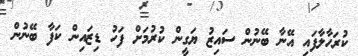
ކުރަހާލާފައި އޭނާ ބޭނުން ސައިޒު ޔަގީން ކުރުމަށް ފަހު ޑިޒައިން ކަފާ ބޭނުން